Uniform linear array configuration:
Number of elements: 32
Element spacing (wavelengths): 1
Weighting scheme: hann
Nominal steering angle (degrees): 0
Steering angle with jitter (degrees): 1.883
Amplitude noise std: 0.05
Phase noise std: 0.05

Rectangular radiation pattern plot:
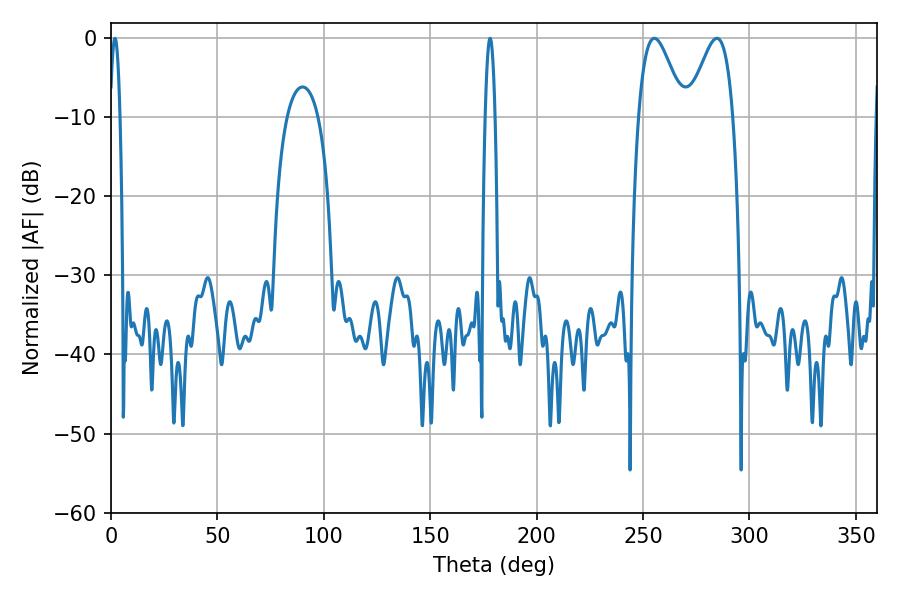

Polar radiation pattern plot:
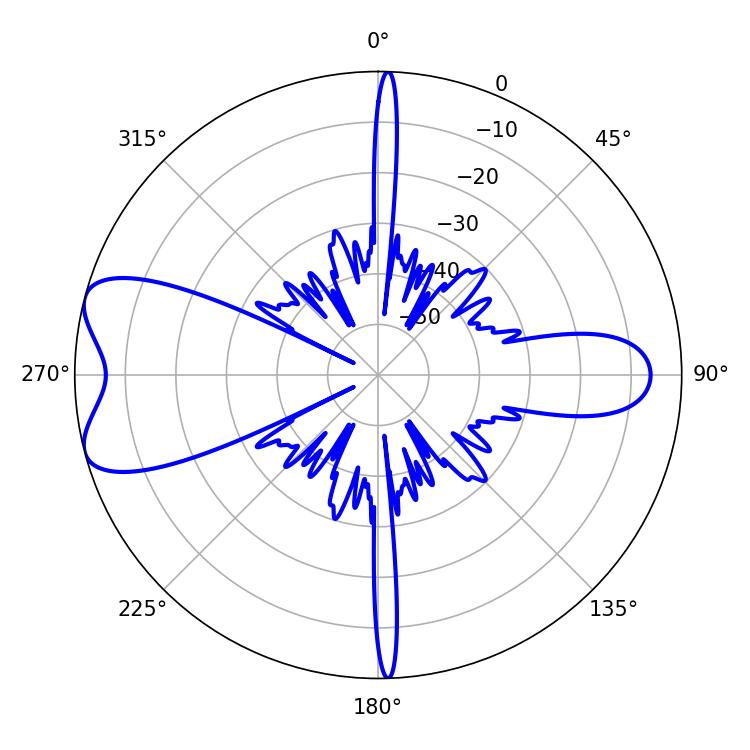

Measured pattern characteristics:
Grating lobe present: TRUE
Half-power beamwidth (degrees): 11.34
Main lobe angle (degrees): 284.76